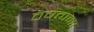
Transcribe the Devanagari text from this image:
ठेचताना